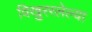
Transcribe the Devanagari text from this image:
विखुररलेल्या